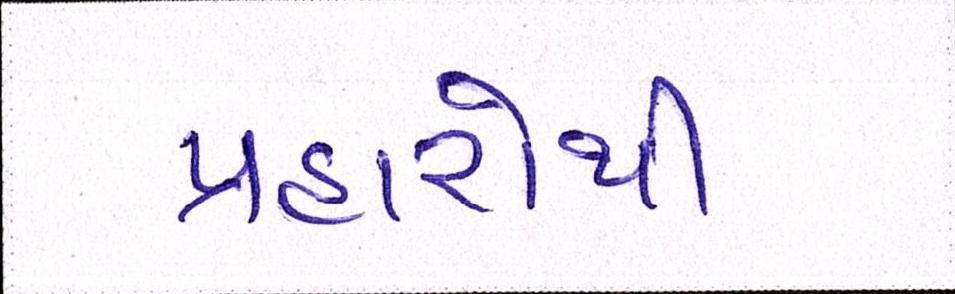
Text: પ્રહારોથી